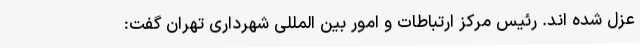
عزل شده اند. رئیس مرکز ارتباطات و امور بین المللی شهرداری تهران گفت: